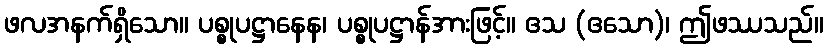
ဖလအနက်ရှိသော။ ပစ္စုပဋ္ဌာနေန၊ ပစ္စုပဋ္ဌာန်အားဖြင့်။ ဧသ (ဧသော)၊ ဤဖဿသည်။